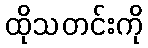
ထိုသတင်းကို